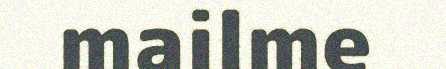
mailme